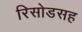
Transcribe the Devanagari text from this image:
रिसोडसह